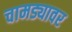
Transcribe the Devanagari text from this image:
चामड्यावर